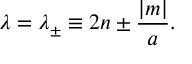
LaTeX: \lambda = \lambda _ { \pm } \equiv 2 n \pm { \frac { | m | } { a } } .